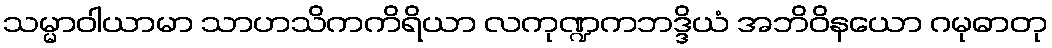
သမ္မာဝါယာမာ သာဟသိကကိရိယာ လကုဏ္ဍကဘဒ္ဒိယံ အဘိဝိနယော ဂမုဓာတု